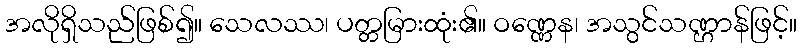
အလိုရှိသည်ဖြစ်၍။ သေလဿ၊ ပတ္တမြားထုံး၏။ ဝဏ္ဏေန၊ အသွင်သဏ္ဌာန်ဖြင့်။